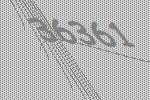
36361